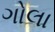
ગોલા